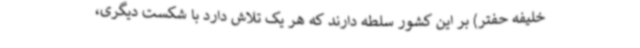
خلیفه حفتر) بر این کشور سلطه دارند که هر یک تلاش دارد با شکست دیگری،